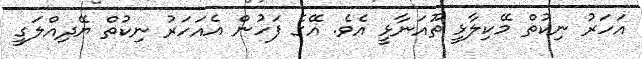
އަހަރު ނިކުތް މޭކިލާޅީ ތޫއަނާޅީ އެވެ. އޭގެ ފަހުން އެއަހަރު ނިކުތް ޔޭދިއްލަގީ